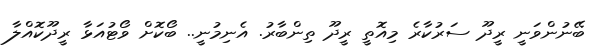
ބޭނުންވަނީ ރީދޫ ސަރުކާރެ މިއޮތީ ރީދޫ ތިންބާރު. އެނިމުނީ.. ބޯކޮށް ވޯޓުއަޅާ ރީދޫކޮއްލާ